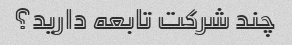
چند شرکت تابعه دارید؟